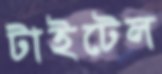
টাইটেল